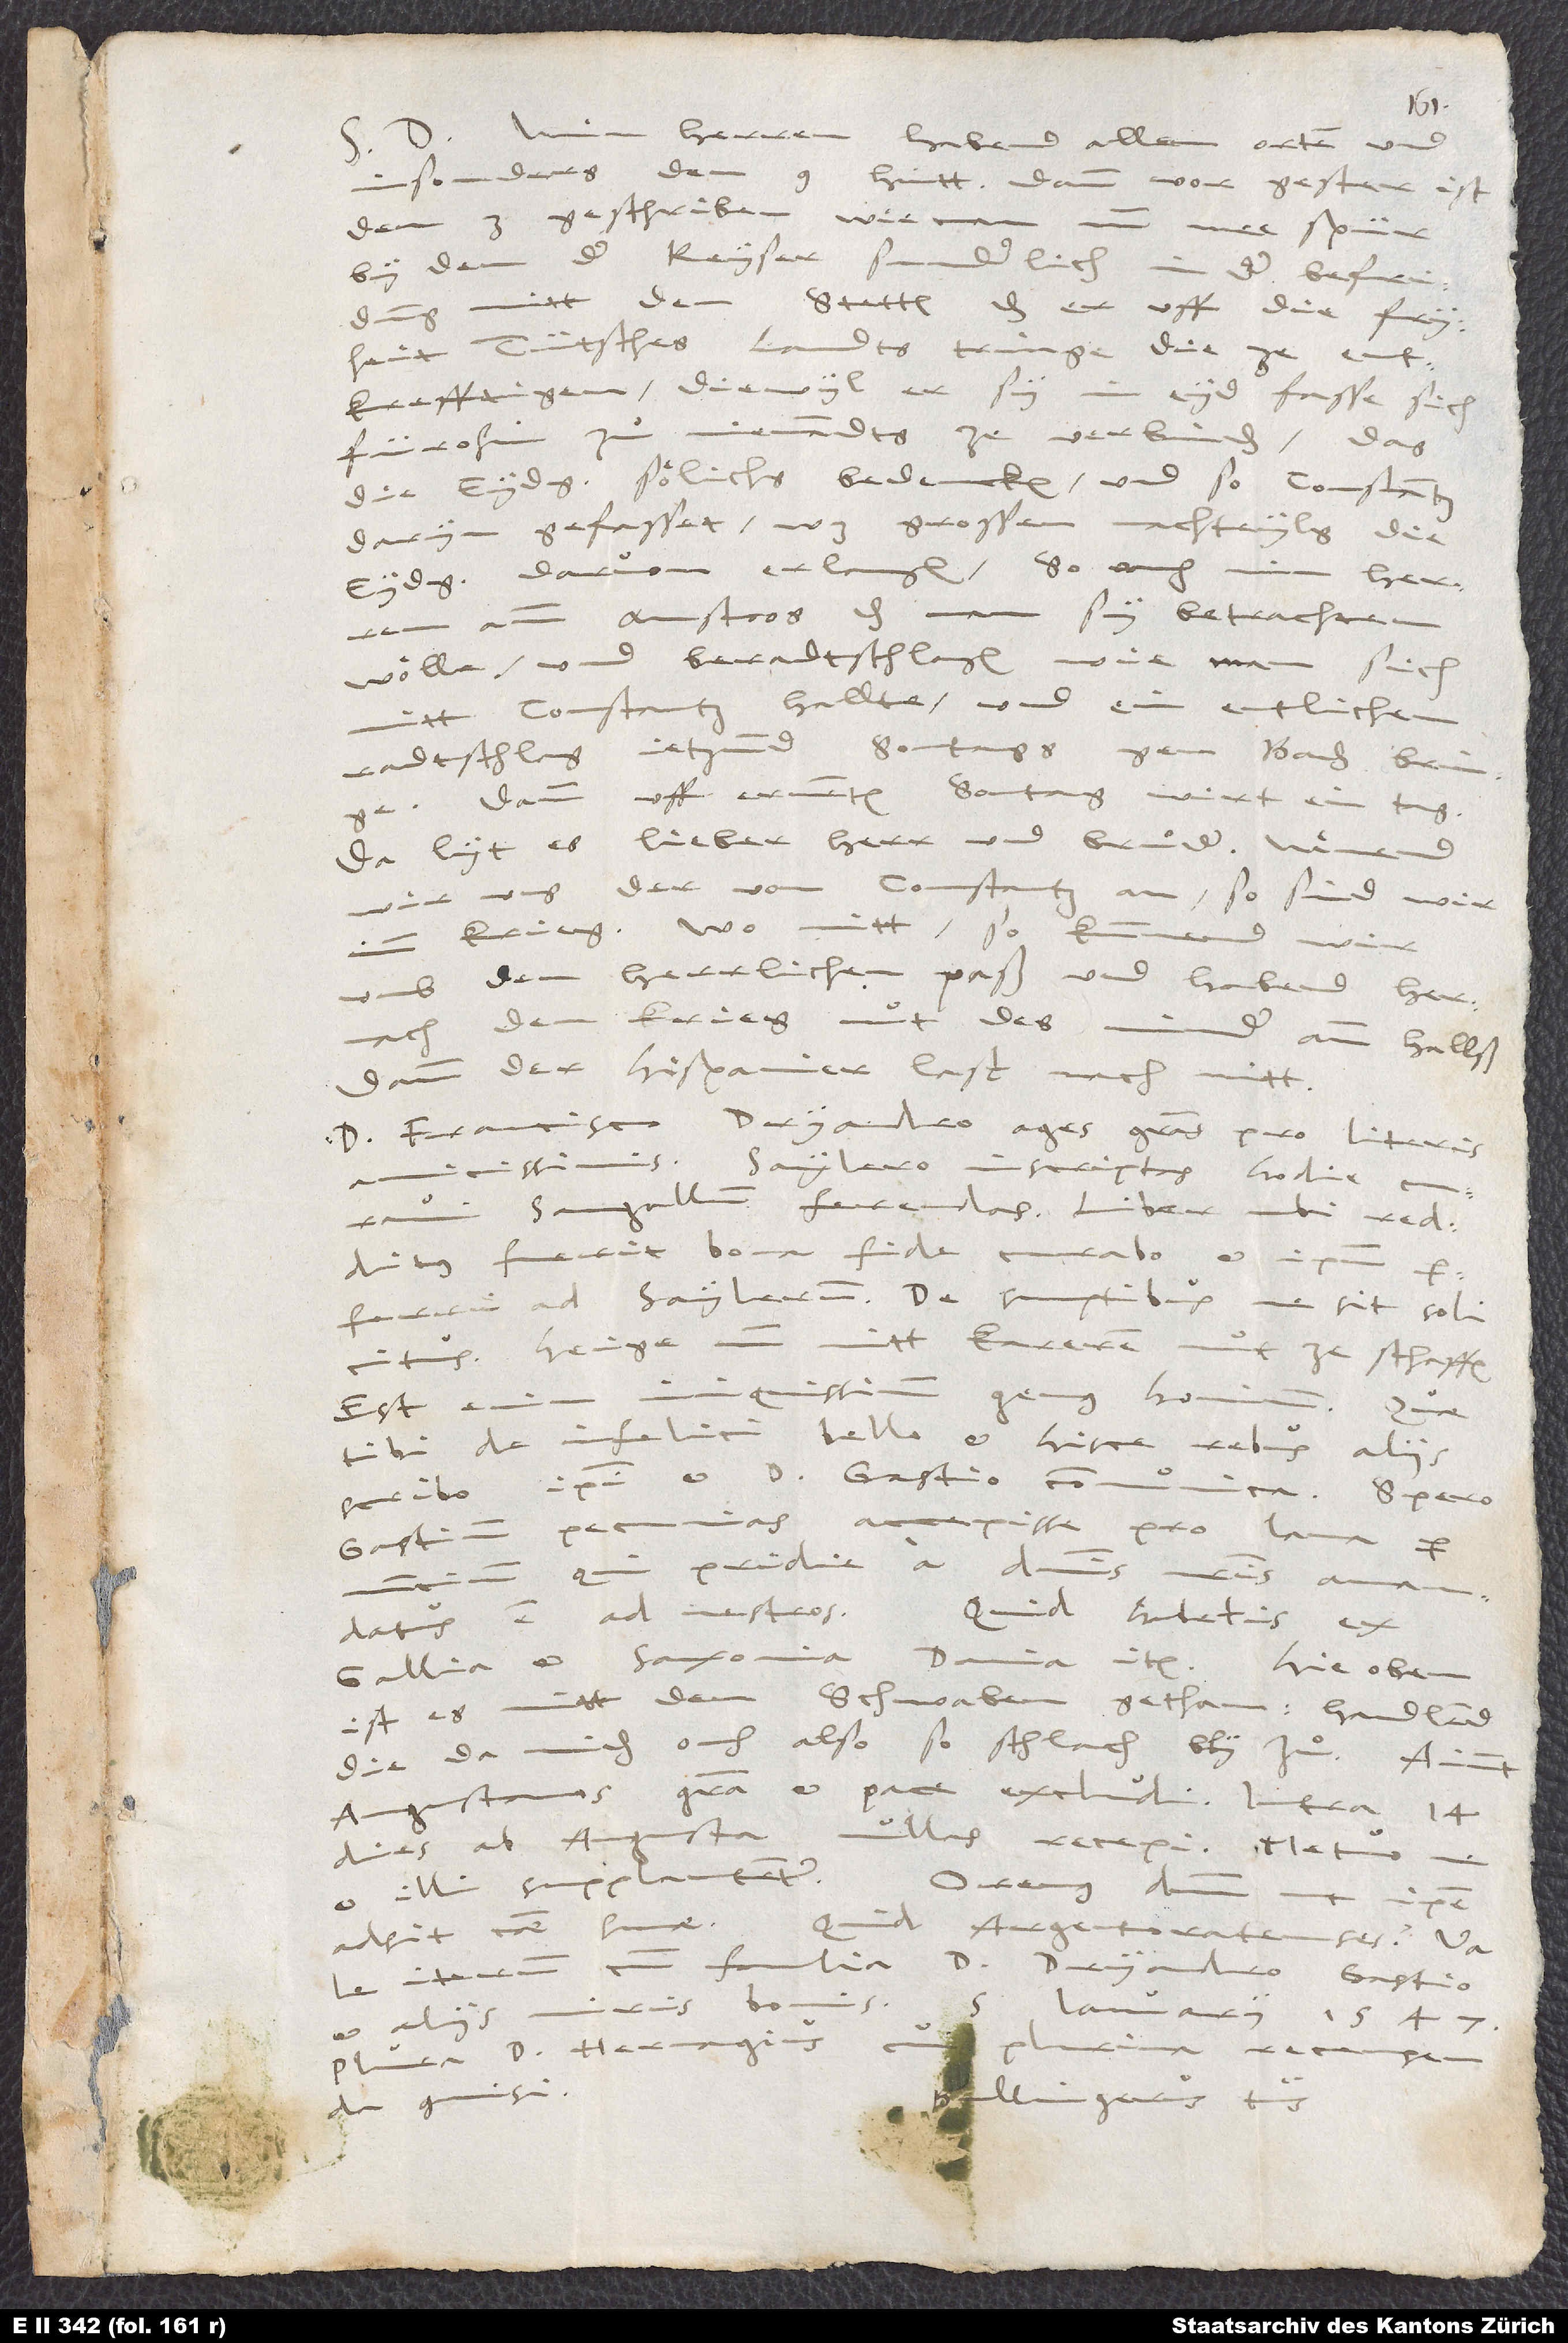
5.
Min herren habend allen orten und
insonders den 9 hütt (dann vorgester ist
den 3) geschriben, wie man nun mee spür
by dem keyser, sunderlich in der befridung
mitt den stetten, das er uff die fryheit
tütsches landts tringe, die ze entkrefftigen,
fürohin zuͦ niemandts ze verbinden, das
die Eydgnossen soͤlichs bedencken; und, so Constantz
daryn gefasset, was grossen nachteyls die
Eydgenossen darvon erlangen; so auch, min herren
amm anstoos; das man sy betrachten
woͤlle, und beradtschlagen, wie man sich
mitt Constantz hallte; und ein entlichen
radtschlag jetzund sontags gen Baden bringe
dann uff ernenten sontag wirt ein tag.
Da lyt es, lieber herr und bruͦder: Naͤmend
wir uns der von Constantz an, so sind wir
imm krieg; wo nitt, so
umb den herrlichen paß und habend hernach
den krieg nut des minder amm hallß,
dann der Hispanier last nach nitt.
D. Francisco Dryandro ages gratias pro literis
amicissimis. Saylero inscriptas hodie curavi
Sangallum ferendas. Liber ubi redditus
fuerit, bona fide curabo et ipsum
perferri ad Saylerum. De sumptibus ne sit solicitus.
Heige nun mitt kareren nut ze schaffen;
tibi de infelici bello et hisce rebus aliis
scribo, ipsi et d. Gastio communica. Spero
Gastium pecunias accepisse pro lana per
qui pridie a dominis nostris amandatus
Gallia et Saxonia? Dania item? Hie oben
ist es mitt den Schwaben gethan. Handlend
die da niden ouch also, so schlach bly zuͦ! Aiunt
Augustanos gratia et pace excludi. Intra 14
dies ab Augusta nullas recepi. Metuo, ne
et illi supplantentur.
Oremus dominum, ut ipse
adsit causae suae. Quid Argentoratenses?
iterum cum familia, d. Dryandro, Gastio
et aliis viris bonis.
ianuarii 1547.
Plura d. Hervagius, cui
recensenda
Bullingerus tuus.
commisi.